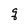
Character: q